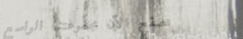
تصفح الآن مجموعتنا الواسع